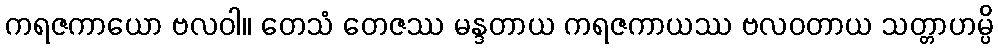
ကရဇကာယော ဗလဝါ။ တေသံ တေဇဿ မန္ဒတာယ ကရဇကာယဿ ဗလဝတာယ သတ္တာဟမ္ပိ